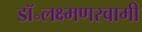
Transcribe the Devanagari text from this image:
डॉ॰लक्ष्मणस्वामी